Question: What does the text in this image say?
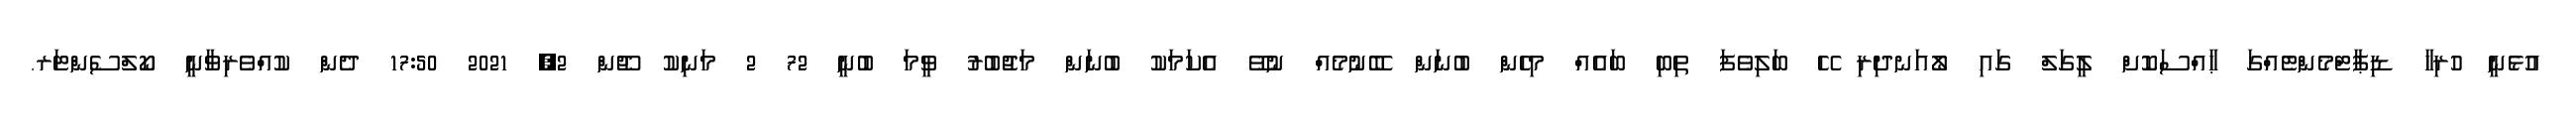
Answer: އުޅެނީ ހުރިހާ ޑިޕާޓްމެންޓެއްގަ ޙާއްސަކޮށް ލީގަލް ގައި ލޯއަނދިރި ހޭ ބަލިވެފަ ތިބި ބައެއް މިހެން ބުނަން ބޭނުމެއް ނުވޭ އެކަމަކު ބުނަން މަޖުބުރު ވީމަ ބުނީ 72 2 މަނިކު ޖޫން 2, 2021 17:50 ދެން ކުއްވެރިވާނީ ކޯލްސެންޓަރ.